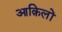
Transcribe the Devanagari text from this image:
आक़िलों